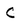
Character: C